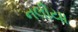
નલીયા